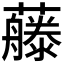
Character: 𰲕